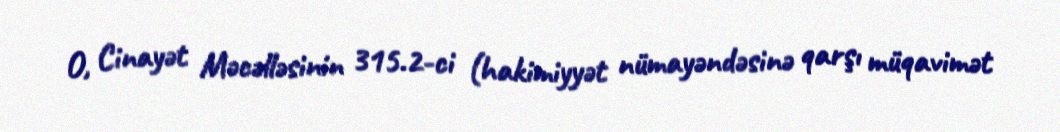
O, Cinayət Məcəlləsinin 315.2-ci (hakimiyyət nümayəndəsinə qarşı müqavimət